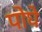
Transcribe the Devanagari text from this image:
पोघे